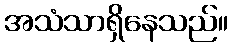
အသံသာရှိနေသည်။